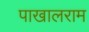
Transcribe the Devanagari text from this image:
पाखालराम